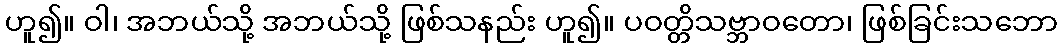
ဟူ၍။ ဝါ၊ အဘယ်သို့ အဘယ်သို့ ဖြစ်သနည်း ဟူ၍။ ပဝတ္တိသဗ္ဘာဝတော၊ ဖြစ်ခြင်းသဘော